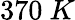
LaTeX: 370~K